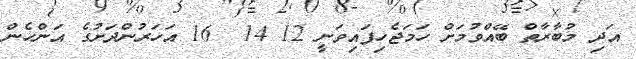
އަދި މުބާރާތް ބޭއްވުމަށް ހަމަޖެހިފައިވަނީ 12 14  16 އަހަރުންދަށުގެ އަންހެން